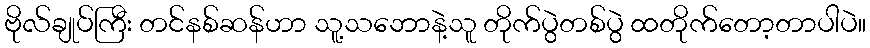
ဗိုလ်ချုပ်ကြီး တင်နစ်ဆန်ဟာ သူ့သဘောနဲ့သူ တိုက်ပွဲတစ်ပွဲ ထတိုက်တော့တာပါပဲ။